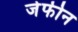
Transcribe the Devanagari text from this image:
जेफीन